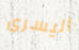
اليسرى